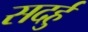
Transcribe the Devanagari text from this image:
सदर्हु